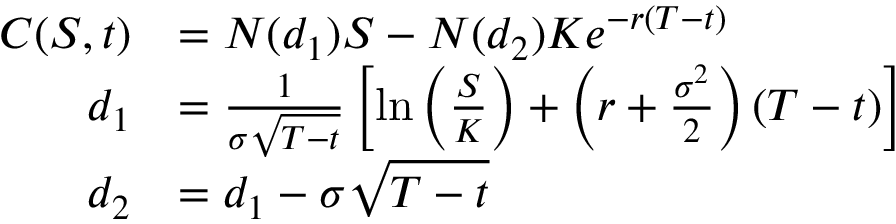
{ \begin{array} { r l } { C ( S , t ) } & { = N ( d _ { 1 } ) S - N ( d _ { 2 } ) K e ^ { - r ( T - t ) } } \\ { d _ { 1 } } & { = { \frac { 1 } { \sigma { \sqrt { T - t } } } } \left[ \ln \left( { \frac { S } { K } } \right) + \left( r + { \frac { \sigma ^ { 2 } } { 2 } } \right) ( T - t ) \right] } \\ { d _ { 2 } } & { = d _ { 1 } - \sigma { \sqrt { T - t } } } \end{array} }